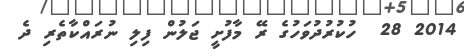
2014 28  ހުކުރުދުވަހުގެ ރޭ މާފުށީ ޖަލުން ފިލި ނުރައްކާތެރި ދެ